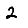
Digit: 2